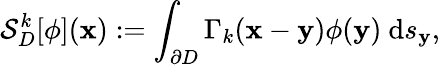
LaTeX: \mathcal{S}_{D}^{k}[\phi](\mathbf{x}):=\int_{\partial D}\Gamma_{k}(\mathbf{x}-\mathbf{y})\phi(\mathbf{y})~\mathrm{d}s_{\mathbf{y}},